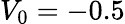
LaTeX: V_{0}=-0.5